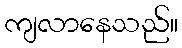
ကျလာနေသည်။